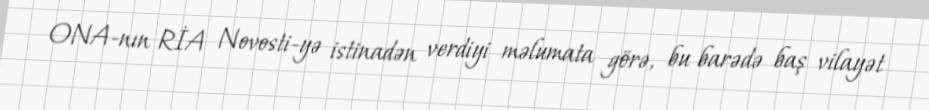
ONA-nın RİA Novosti-yə istinadən verdiyi məlumata görə, bu barədə baş vilayət